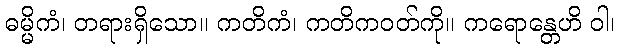
ဓမ္မိကံ၊ တရားရှိသော။ ကတိကံ၊ ကတိကဝတ်ကို။ ကရောန္တေဟိ ဝါ၊